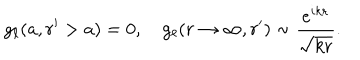
LaTeX: g _ { \ell } ( a , r ^ { \prime } > a ) = 0 , \quad g _ { \ell } ( r \rightarrow \infty , r ^ { \prime } ) \sim \frac { e ^ { i k r } } { \sqrt { k r } } .